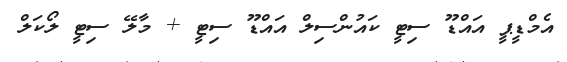
އެމްޑީޕީ އައްޑޫ ސިޓީ ކައުންސިލް އައްޑޫ ސިޓީ + މާލޭ ސިޓީ ލޯކަލް